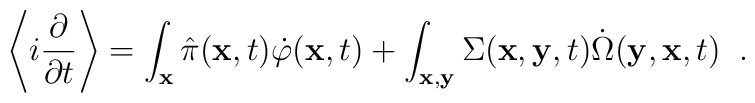
\left \langle i \frac{\partial}{\partial t} \right \rangle =\int_{\bf x} \hat\pi({\bf x}, t) \dot\varphi({\bf x}, t)+ \int_{\bf x,y} \Sigma({\bf x}, {\bf y}, t) \dot\Omega({\bf y}, {\bf x}, t) \;\;.